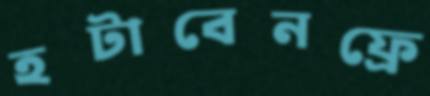
হটাবেনফ্রে